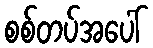
စစ်တပ်အပေါ်